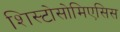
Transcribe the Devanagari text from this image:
शिस्टोसोमिएसिस